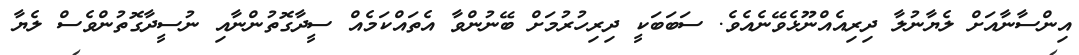
އިންސާނާއަށް ލެޔާނުލާ ދިރިއެއްނޫޅެވޭނެއެވެ. ސަބަބަކީ ދިރިހުރުމަށް ބޭނުންވާ އެތައްކަމެއް ސީދާގޮތުންނާއި ނުސީދާގޮތުންވެސް ލެޔާ